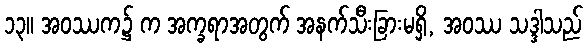
၁၃။ အဝဿက၌ က အက္ခရာအတွက် အနက်သီးခြားမရှိ, အဝဿ သဒ္ဒါသည်